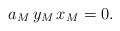
LaTeX: \begin{align*}a_M\,y_M\,x_M=0.\end{align*}